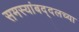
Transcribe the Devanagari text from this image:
समस्यांबद्दलच्या